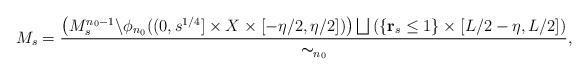
LaTeX: \begin{align*} M_{s}=\frac{\left(M_{s}^{n_0-1}\backslash \phi_{n_0}( (0,s^{1/4}]\times X\times [-\eta/2,\eta/2])\right) \bigsqcup\left( \{\mathbf{r}_s\leq 1\}\times [L/2-\eta,L/2]\right) }{\thicksim_{n_0}},\end{align*}